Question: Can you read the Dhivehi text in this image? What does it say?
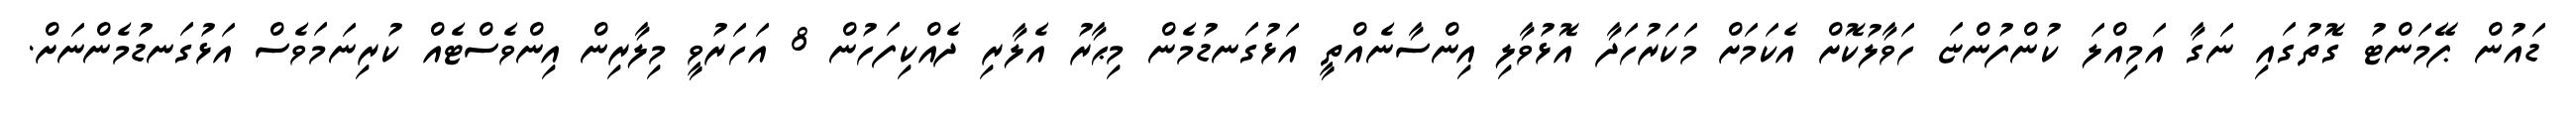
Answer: ޑައުން ޕޭމަންޓު ގޮތުގައި ނަގާ އަމިއްލަ ކުންފުންޏަ ހަވާލުކޮށް އެކަމަށް މަކަރުހަދާ އޮޅުވާލި އިންސާނެއްތީ އަޅުގަނޑުމެން މިޙާރު އެލާރި ދެއްކިފަހުން 8 އަހަރުވީ މިލާރިން އިންވެސްޓެއް ކުރިނަމަވެސް އަޅުގަނޑުމެންނަށް.